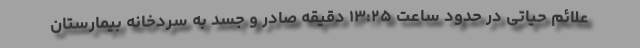
علائم حیاتی در حدود ساعت ۱۳:۲۵ دقیقه صادر و جسد به سردخانه بیمارستان